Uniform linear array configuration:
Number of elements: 32
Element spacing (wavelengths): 0.25
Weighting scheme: uniform
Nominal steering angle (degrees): -60
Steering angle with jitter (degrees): -60.831
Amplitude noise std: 0.05
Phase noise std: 0.05

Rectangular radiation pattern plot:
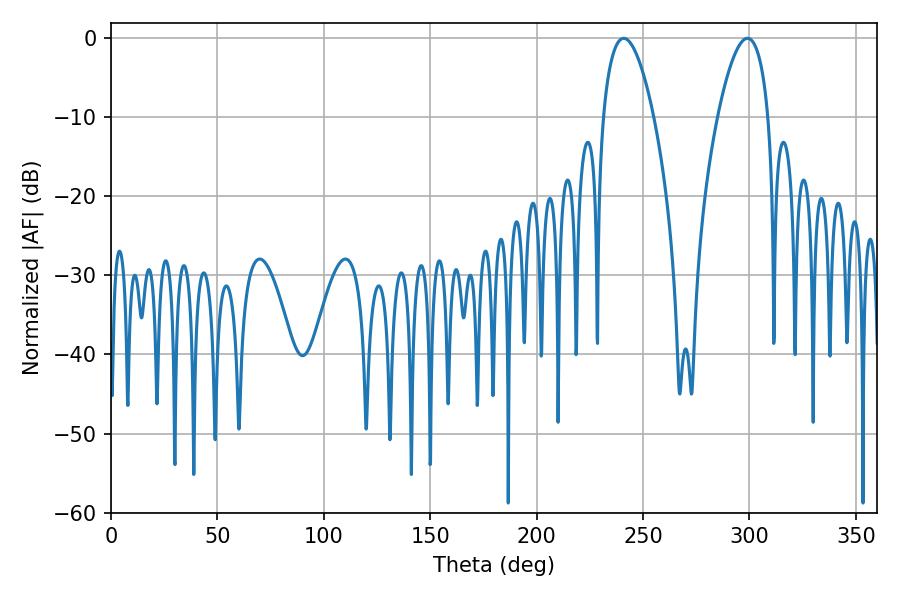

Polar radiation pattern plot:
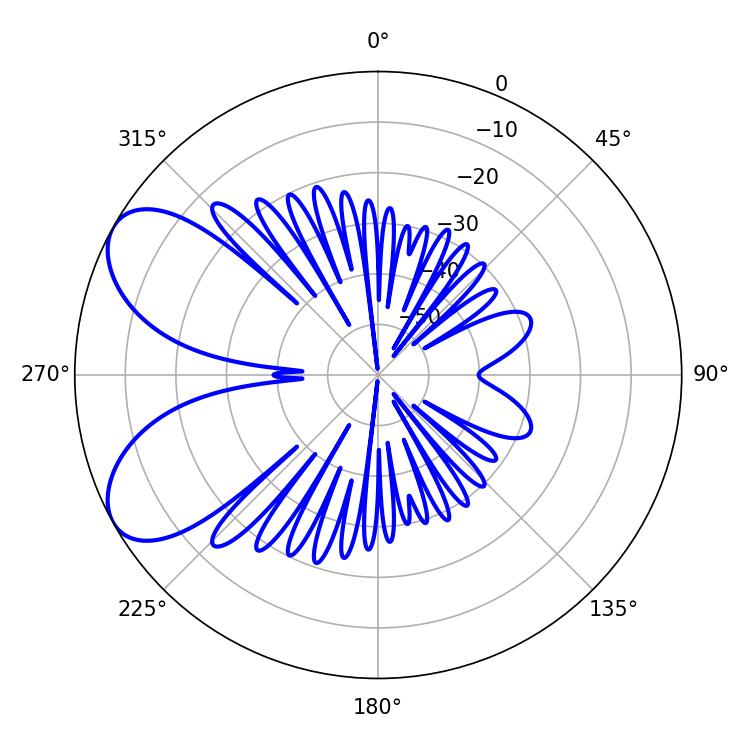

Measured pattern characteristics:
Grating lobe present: FALSE
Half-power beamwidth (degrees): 13.14
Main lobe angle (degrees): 240.84